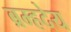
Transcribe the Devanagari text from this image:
ब्रम्हदेय